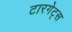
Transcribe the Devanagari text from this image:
टारगेट्स